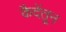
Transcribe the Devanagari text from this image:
कैदेंतून